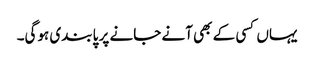
یہاں کسی کے بھی آنے جانے پر پابندی ہوگی۔